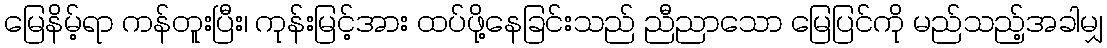
မြေနိမ့်ရာ ကန်တူးပြီး၊ ကုန်းမြင့်အား ထပ်ဖို့နေခြင်းသည် ညီညာသော မြေပြင်ကို မည်သည့်အခါမျှ